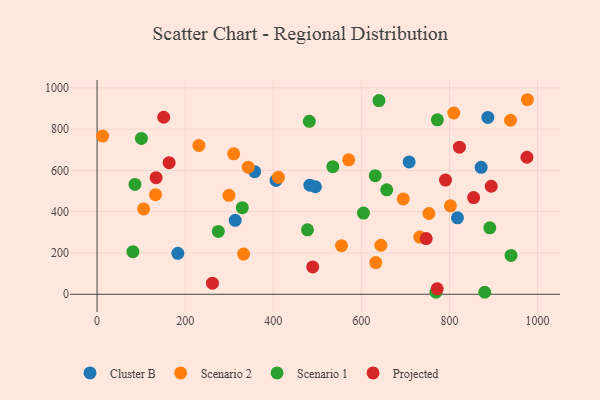
{"axis": {"x": "Price", "y": "Salary"}, "legend": ["Cluster B", "Projected", "Scenario 1", "Scenario 2"], "data": [{"x": "183.4", "y": 198.1, "type": "Cluster B"}, {"x": "818.3", "y": 370.0, "type": "Cluster B"}, {"x": "483.2", "y": 528.5, "type": "Cluster B"}, {"x": "313.6", "y": 358.0, "type": "Cluster B"}, {"x": "357.8", "y": 593.7, "type": "Cluster B"}, {"x": "887.3", "y": 856.6, "type": "Cluster B"}, {"x": "495.8", "y": 520.8, "type": "Cluster B"}, {"x": "872.1", "y": 615.0, "type": "Cluster B"}, {"x": "708.6", "y": 640.8, "type": "Cluster B"}, {"x": "406.3", "y": 551.4, "type": "Cluster B"}, {"x": "105.7", "y": 413.3, "type": "Scenario 2"}, {"x": "231.2", "y": 720.9, "type": "Scenario 2"}, {"x": "810.0", "y": 878.0, "type": "Scenario 2"}, {"x": "938.9", "y": 842.8, "type": "Scenario 2"}, {"x": "411.7", "y": 566.3, "type": "Scenario 2"}, {"x": "632.9", "y": 153.3, "type": "Scenario 2"}, {"x": "802.4", "y": 428.2, "type": "Scenario 2"}, {"x": "644.5", "y": 237.3, "type": "Scenario 2"}, {"x": "695.3", "y": 461.7, "type": "Scenario 2"}, {"x": "343.2", "y": 615.6, "type": "Scenario 2"}, {"x": "977.1", "y": 942.3, "type": "Scenario 2"}, {"x": "555.0", "y": 235.3, "type": "Scenario 2"}, {"x": "310.2", "y": 680.2, "type": "Scenario 2"}, {"x": "732.8", "y": 276.8, "type": "Scenario 2"}, {"x": "332.7", "y": 194.7, "type": "Scenario 2"}, {"x": "753.5", "y": 391.1, "type": "Scenario 2"}, {"x": "132.7", "y": 482.2, "type": "Scenario 2"}, {"x": "571.3", "y": 651.4, "type": "Scenario 2"}, {"x": "12.6", "y": 766.0, "type": "Scenario 2"}, {"x": "299.5", "y": 479.1, "type": "Scenario 2"}, {"x": "880.3", "y": 9.6, "type": "Scenario 1"}, {"x": "604.9", "y": 393.2, "type": "Scenario 1"}, {"x": "477.8", "y": 312.2, "type": "Scenario 1"}, {"x": "481.9", "y": 837.5, "type": "Scenario 1"}, {"x": "772.7", "y": 845.1, "type": "Scenario 1"}, {"x": "769.5", "y": 9.6, "type": "Scenario 1"}, {"x": "535.3", "y": 618.1, "type": "Scenario 1"}, {"x": "100.7", "y": 754.6, "type": "Scenario 1"}, {"x": "640.1", "y": 938.0, "type": "Scenario 1"}, {"x": "86.1", "y": 531.9, "type": "Scenario 1"}, {"x": "329.8", "y": 419.3, "type": "Scenario 1"}, {"x": "657.7", "y": 505.9, "type": "Scenario 1"}, {"x": "631.6", "y": 574.2, "type": "Scenario 1"}, {"x": "81.4", "y": 206.5, "type": "Scenario 1"}, {"x": "940.0", "y": 188.0, "type": "Scenario 1"}, {"x": "891.8", "y": 322.0, "type": "Scenario 1"}, {"x": "275.3", "y": 304.5, "type": "Scenario 1"}, {"x": "489.7", "y": 132.4, "type": "Projected"}, {"x": "134.0", "y": 564.9, "type": "Projected"}, {"x": "822.8", "y": 712.5, "type": "Projected"}, {"x": "772.3", "y": 26.2, "type": "Projected"}, {"x": "976.1", "y": 663.7, "type": "Projected"}, {"x": "747.3", "y": 269.6, "type": "Projected"}, {"x": "791.2", "y": 552.9, "type": "Projected"}, {"x": "262.0", "y": 53.6, "type": "Projected"}, {"x": "855.1", "y": 468.4, "type": "Projected"}, {"x": "151.2", "y": 857.4, "type": "Projected"}, {"x": "163.6", "y": 637.3, "type": "Projected"}, {"x": "895.1", "y": 523.2, "type": "Projected"}]}